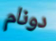
دونام